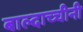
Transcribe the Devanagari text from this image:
बाल्दाच्चीनी